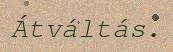
Átváltás.